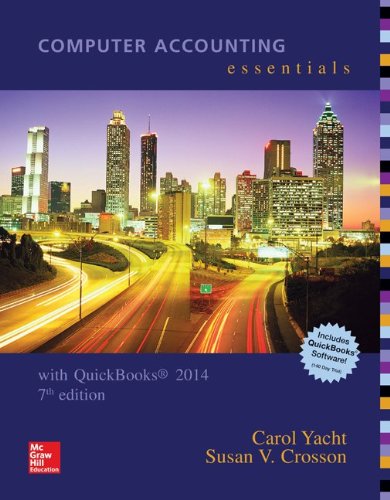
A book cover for Computer Accounting Essentials Using Quickbooks 2014 with Software CD; Carol Yacht; Computers & Technology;